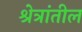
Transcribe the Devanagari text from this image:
श्रेत्रांतील